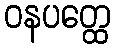
ဝနပတ္ထေ